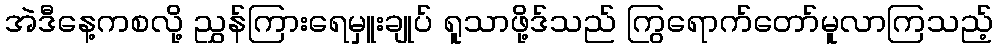
အဲဒီနေ့ကစလို့ ညွှန်ကြားရေမှူးချုပ် ရူသာဖို့ဒ်သည် ကြွရောက်တော်မူလာကြသည့်